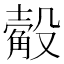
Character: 𣫅